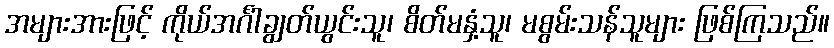
အများအားဖြင့် ကိုယ်အင်္ဂါချွတ်ယွင်းသူ၊ စိတ်မနှံ့သူ၊ မစွမ်းသန်သူများ ဖြစ်ကြသည်။